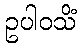
ဥပါဝသိံ